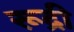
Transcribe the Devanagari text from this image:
रूद्री